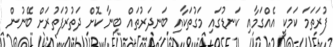
ފުރަތަމަ ކަމަކީ އެއްގަމާއި ކަނޑުގައި މަގުތަކާއި ބަނދަރުތައް ބިނާ ކޮށް ދަތުރުފަތުރަށް ބޭނުން